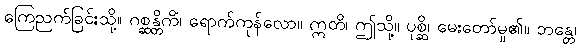
ကြေညက်ခြင်းသို့။ ဂစ္ဆန္တိကိံ၊ ရောက်ကုန်လော။ ဣတိ၊ ဤသို့။ ပုစ္ဆိ၊ မေးတော်မူ၏။ ဘန္တေ၊